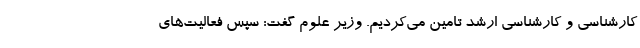
کارشناسی و کارشناسی ارشد تامین می‌کردیم. وزیر علوم گفت: سپس فعالیت‌های